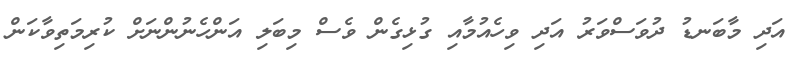
އަދި މާބަނޑު ދުވަސްވަރު އަދި ވިހެއުމާއި ގުޅިގެން ވެސް މިބަލި އަންހެނުންނަށް ކުރިމަތިވާކަން